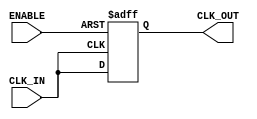
module ClockBuffer (
    input wire CLK_IN,        // Clock input
    output wire CLK_OUT,      // Buffered clock output
    input wire ENABLE         // Enable signal for power management
);

    // Internal signal for the buffered clock
    wire buffered_clk;

    // Buffering mechanism using a simple D flip-flop for clock regeneration
    reg clk_reg;
    
    always @(posedge CLK_IN or negedge ENABLE) begin
        if (!ENABLE) begin
            clk_reg <= 1'b0; // Reset the register when disabled
        end else begin
            clk_reg <= CLK_IN; // Regenerate the clock signal
        end
    end

    // Output the buffered clock signal
    assign CLK_OUT = clk_reg;

endmodule